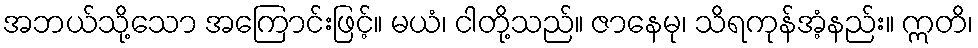
အဘယ်သို့သော အကြောင်းဖြင့်။ မယံ၊ ငါတို့သည်။ ဇာနေမု၊ သိရကုန်အံ့နည်း။ ဣတိ၊